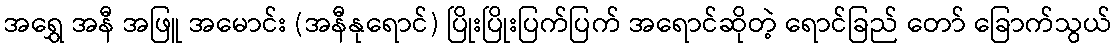
အရွှေ အနီ အဖြူ အမောင်း (အနီနုရောင်) ပြိုးပြိုးပြက်ပြက် အရောင်ဆိုတဲ့ ရောင်ခြည် တော် ခြောက်သွယ်